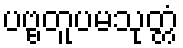
ပဗ္ဗတူပမသုတ္တံ